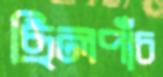
ছিলপাঁচ